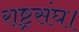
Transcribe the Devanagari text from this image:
राष्ट्रसंघ।